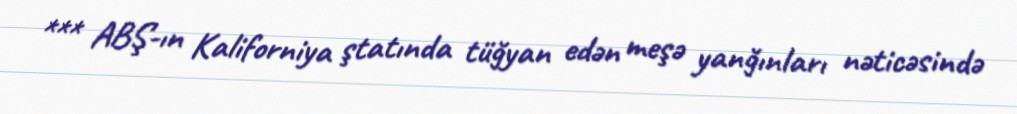
*** ABŞ-ın Kaliforniya ştatında tüğyan edən meşə yanğınları nəticəsində